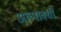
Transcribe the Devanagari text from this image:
अल्पावधी